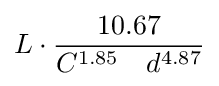
L\cdot {\frac {10.67}{C^{1.85}\quad d^{4.87}}}